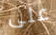
على